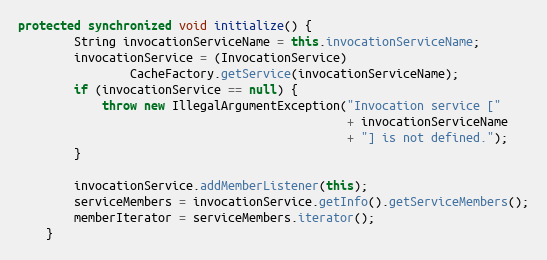
Language: Java
protected synchronized void initialize() {
        String invocationServiceName = this.invocationServiceName;
        invocationService = (InvocationService)
                CacheFactory.getService(invocationServiceName);
        if (invocationService == null) {
            throw new IllegalArgumentException("Invocation service ["
                                               + invocationServiceName
                                               + "] is not defined.");
        }

        invocationService.addMemberListener(this);
        serviceMembers = invocationService.getInfo().getServiceMembers();
        memberIterator = serviceMembers.iterator();
    }